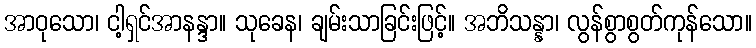
အာဝုသော၊ ငါ့ရှင်အာနန္ဒာ။ သုခေန၊ ချမ်းသာခြင်းဖြင့်။ အဘိသန္နာ၊ လွန်စွာစွတ်ကုန်သော။